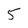
Character: 5